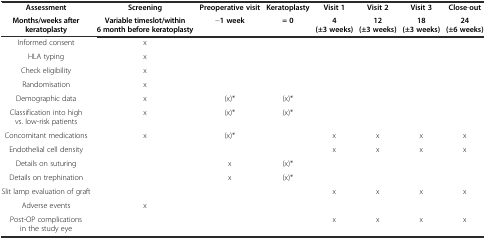
<table><thead><tr><td><b>Assessment</b></td><td><b>Screening</b></td><td><b>Preoperative visit</b></td><td><b>Keratoplasty</b></td><td><b>Visit 1</b></td><td><b>Visit 2</b></td><td><b>Visit 3</b></td><td><b>Close-out</b></td></tr><tr><td><b>Months/weeks after keratoplasty</b></td><td><b>Variable timeslot/within 6 month before keratoplasty</b></td><td><b>-1 week</b></td><td><b>= 0</b></td><td><b>4 (±3 weeks)</b></td><td><b>12 (±3 weeks)</b></td><td><b>18 (±3 weeks)</b></td><td><b>24 (±6 weeks)</b></td></tr></thead><tbody><tr><td>Informed consent</td><td>x</td><td></td><td></td><td></td><td></td><td></td><td></td></tr><tr><td>HLA typing</td><td>x</td><td></td><td></td><td></td><td></td><td></td><td></td></tr><tr><td>Check eligibility</td><td>x</td><td></td><td></td><td></td><td></td><td></td><td></td></tr><tr><td>Randomisation</td><td>x</td><td></td><td></td><td></td><td></td><td></td><td></td></tr><tr><td>Demographic data</td><td>x</td><td>(x)*</td><td>(x)*</td><td></td><td></td><td></td><td></td></tr><tr><td>Classification into high vs. low-risk patients</td><td>x</td><td>(x)*</td><td>(x)*</td><td></td><td></td><td></td><td></td></tr><tr><td>Concomitant medications</td><td>x</td><td>(x)*</td><td></td><td>x</td><td>x</td><td>x</td><td>x</td></tr><tr><td>Endothelial cell density</td><td></td><td></td><td></td><td>x</td><td>x</td><td>x</td><td>x</td></tr><tr><td>Details on suturing</td><td></td><td>x</td><td>(x)*</td><td></td><td></td><td></td><td></td></tr><tr><td>Details on trephination</td><td></td><td>x</td><td>(x)*</td><td></td><td></td><td></td><td></td></tr><tr><td>Slit lamp evaluation of graft</td><td></td><td></td><td></td><td>x</td><td>x</td><td>x</td><td>x</td></tr><tr><td>Adverse events</td><td>x</td><td></td><td></td><td></td><td></td><td></td><td></td></tr><tr><td>Post-OP complications in the study eye</td><td></td><td></td><td></td><td>x</td><td>x</td><td>x</td><td>x</td></tr></tbody></table>